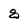
Character: 8